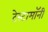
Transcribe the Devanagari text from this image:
टेस्टामॉनी